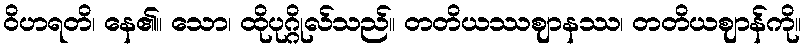
ဝိဟရတိ၊ နေ၏။ သော၊ ထိုပုဂ္ဂိုလ်သည်။ တတိယဿဈာနဿ၊ တတိယဈာန်ကို။